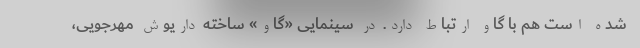
شده است هم با گاو ارتباط دارد. در سینمایی «گاو» ساخته داریوش مهرجویی،